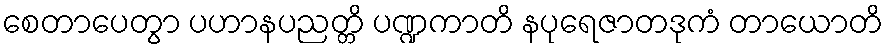
စေတာပေတွာ ပဟာနပညတ္တိ ပဏ္ဍကာတိ နပုရေဇာတဒုကံ တာယောတိ